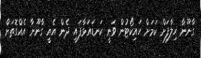
ގާނޫނާ ހިލާފަށް ކަމަށް ހައިކޯޓުން ވަނީ ކަނޑައަޅާފައި. ދެން އެއީ ގާނޫނާ އެއްގޮތަށް